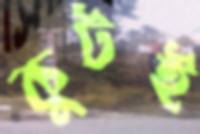
কুটই